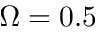
\Omega = 0 . 5